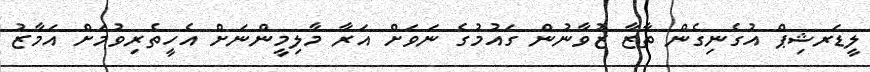
ލީޑަރޝިޕް އުގެނިގެން ތާޒާ ޒުވާނުން ގައުމުގެ ނަވަށް އަރާ މާލިމީންނަށް އެހީތެރިވުމަށް އަމާޒު